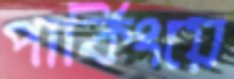
পার্কিংয়ে